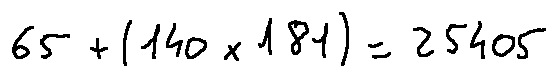
6 5 + ( 1 4 0 \times 1 8 1 ) = 2 5 4 0 5